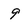
Character: 9